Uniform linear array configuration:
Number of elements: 16
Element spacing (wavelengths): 0.5
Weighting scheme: exponential
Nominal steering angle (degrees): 45
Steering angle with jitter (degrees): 43.862
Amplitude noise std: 0.05
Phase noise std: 0.05

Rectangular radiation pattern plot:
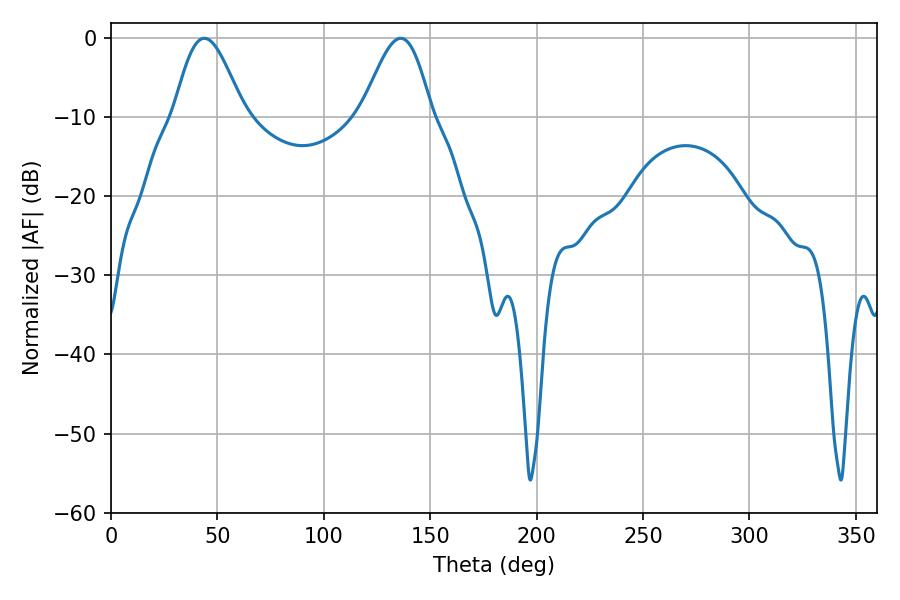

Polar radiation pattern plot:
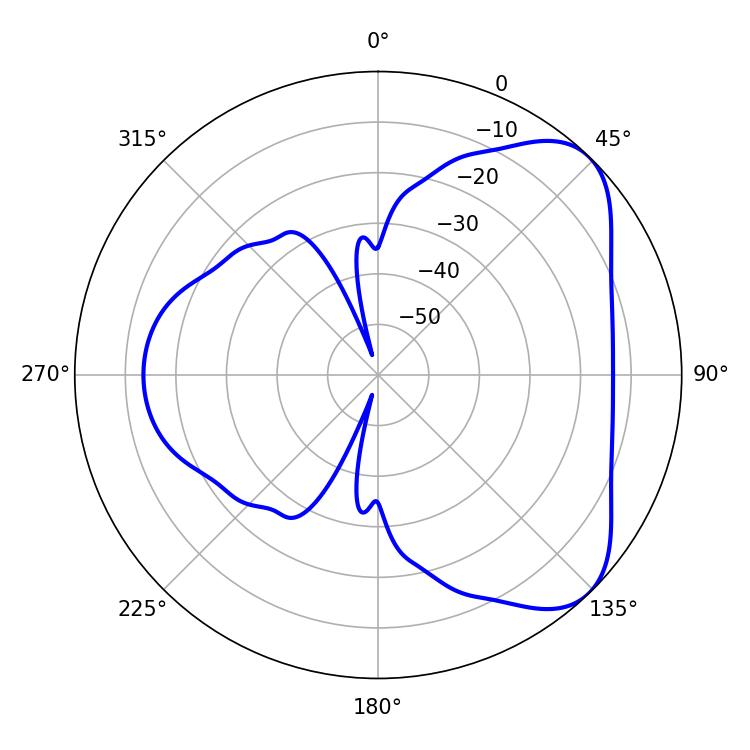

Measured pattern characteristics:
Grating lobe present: FALSE
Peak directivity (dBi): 6.008
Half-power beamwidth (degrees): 17.46
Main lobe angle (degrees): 43.92